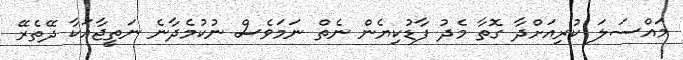
މައްސަލަ ކުރިއަށްދާ ގޮތާ މެދު ފާޑުކިޔެން ނެތް ނަމަވެސް ނުކުމެދާނެ ނަތީޖާއަކާ ދޭތެރޭ